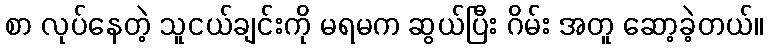
စာ လုပ်နေတဲ့ သူငယ်ချင်းကို မရမက ဆွယ်ပြီး ဂိမ်း အတူ ဆော့ခဲ့တယ်။